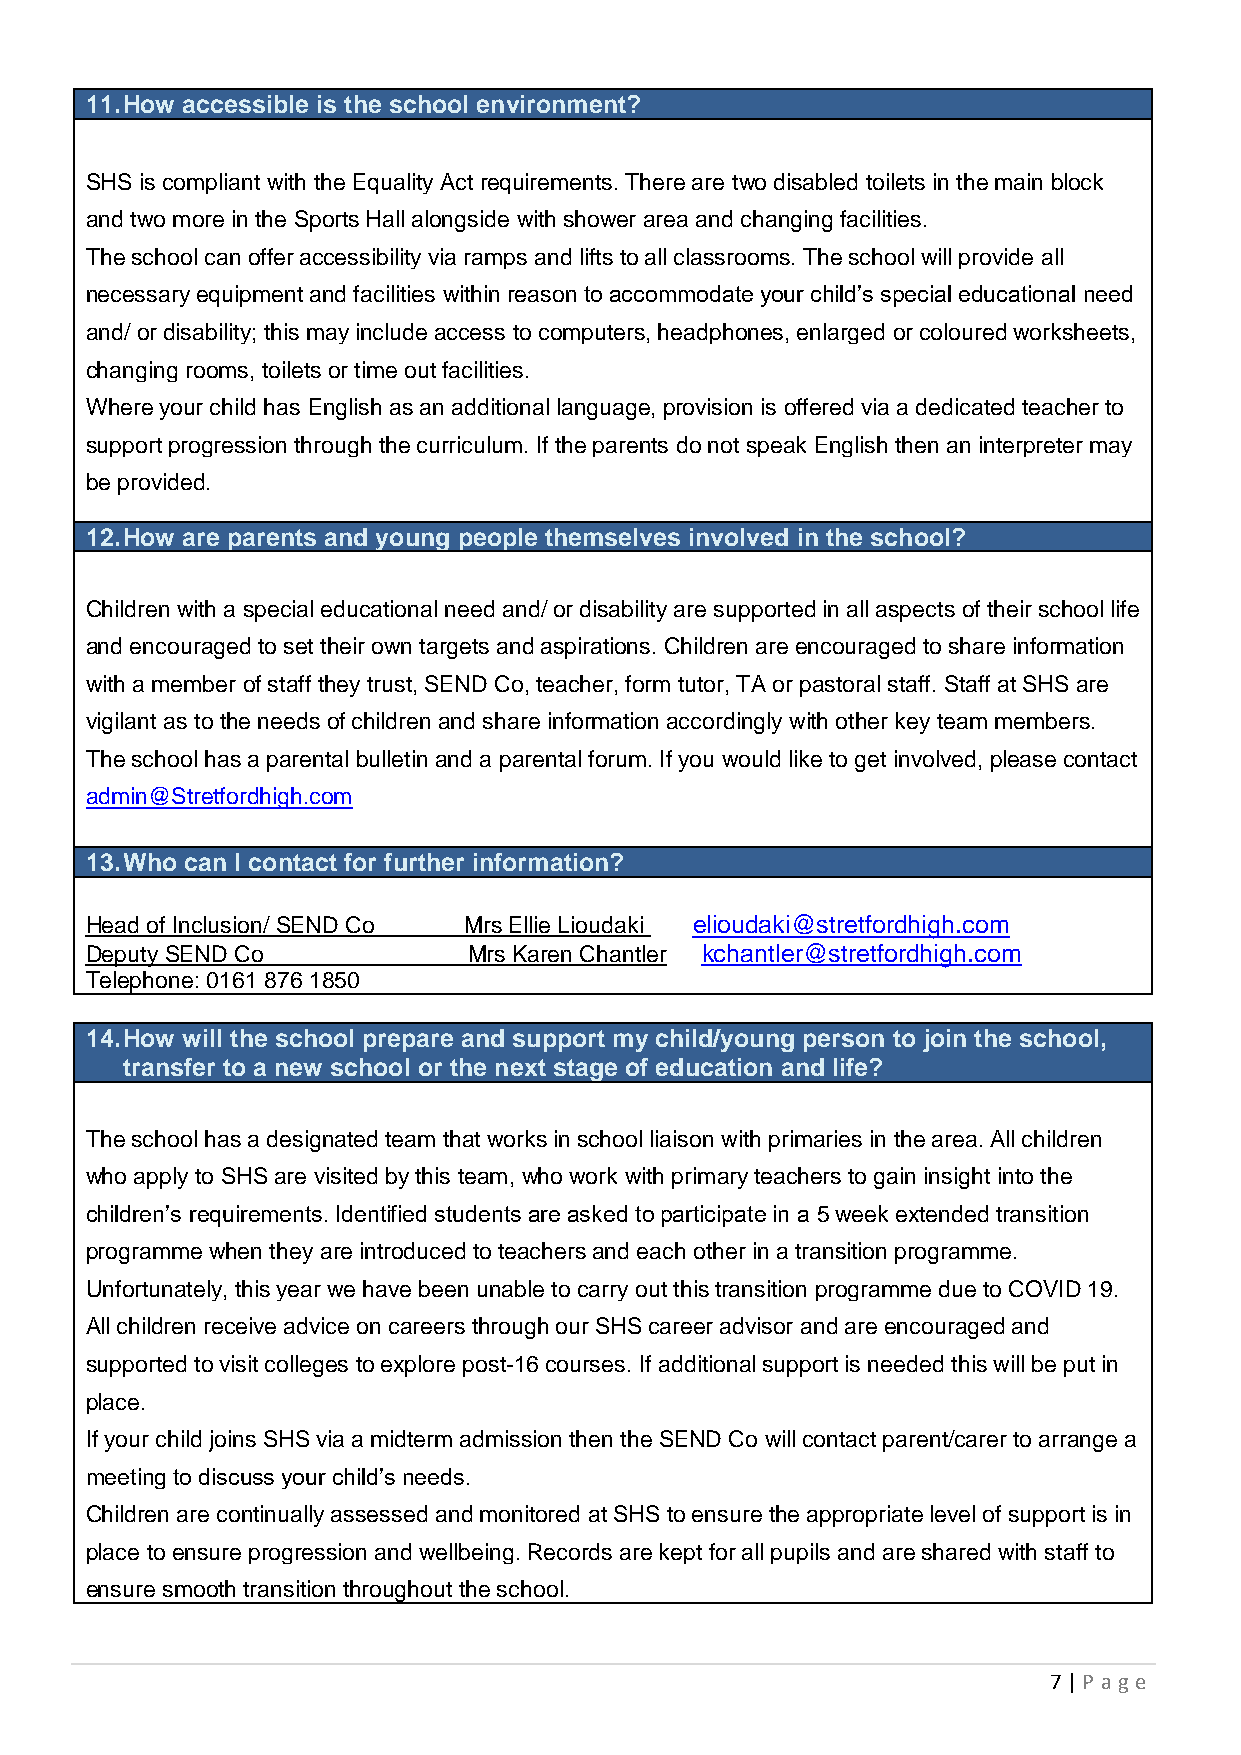
11. How accessible is the school environment?
 SHS is compliant with the Equality Act requirements. There are two disabled toilets in the main block
 and two more in the Sports Hall alongside with shower area and changing facilities.
 The school can offer accessibility via ramps and lifts to all classrooms. The school will provide all
 necessary equipment and facilities within reason to accommodate your child’s special educational need
 and/ or disability; this may include access to computers, headphones, enlarged or coloured worksheets,
 changing rooms, toilets or time out facilities.
 Where your child has English as an additional language, provision is offered via a dedicated teacher to
 support progression through the curriculum. If the parents do not speak English then an interpreter may
 be provided.
 12. How are parents and young people themselves involved in the school?
 Children with a special educational need and/ or disability are supported in all aspects of their school life
 and encouraged to set their own targets and aspirations. Children are encouraged to share information
 with a member of staff they trust, SEND Co, teacher, form tutor, TA or pastoral staff. Staff at SHS are
 vigilant as to the needs of children and share information accordingly with other key team members.
 The school has a parental bulletin and a parental forum. If you would like to get involved, please contact
 admin@Stretfordhigh.com
 13. Who can I contact for further information?
 Head of Inclusion/ SEND Co Mrs Ellie Lioudaki elioudaki@stretfordhigh.com
 Deputy SEND Co           Mrs Karen Chantler kchantler@stretfordhigh.com
 Telephone: 0161 876 1850
 14. How will the school prepare and support my child/young person to join the school,
 transfer to a new school or the next stage of education and life?
 The school has a designated team that works in school liaison with primaries in the area. All children
 who apply to SHS are visited by this team, who work with primary teachers to gain insight into the
 children’s requirements. Identified students are asked to participate in a 5 week extended transition
 programme when they are introduced to teachers and each other in a transition programme.
 Unfortunately, this year we have been unable to carry out this transition programme due to COVID 19.
 All children receive advice on careers through our SHS career advisor and are encouraged and
 supported to visit colleges to explore post-16 courses. If additional support is needed this will be put in
 place.
 If your child joins SHS via a midterm admission then the SEND Co will contact parent/carer to arrange a
 meeting to discuss your child’s needs.
 Children are continually assessed and monitored at SHS to ensure the appropriate level of support is in
 place to ensure progression and wellbeing. Records are kept for all pupils and are shared with staff to
 ensure smooth transition throughout the school.
 7 | P age